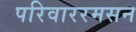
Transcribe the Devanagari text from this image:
परिवाररमसन